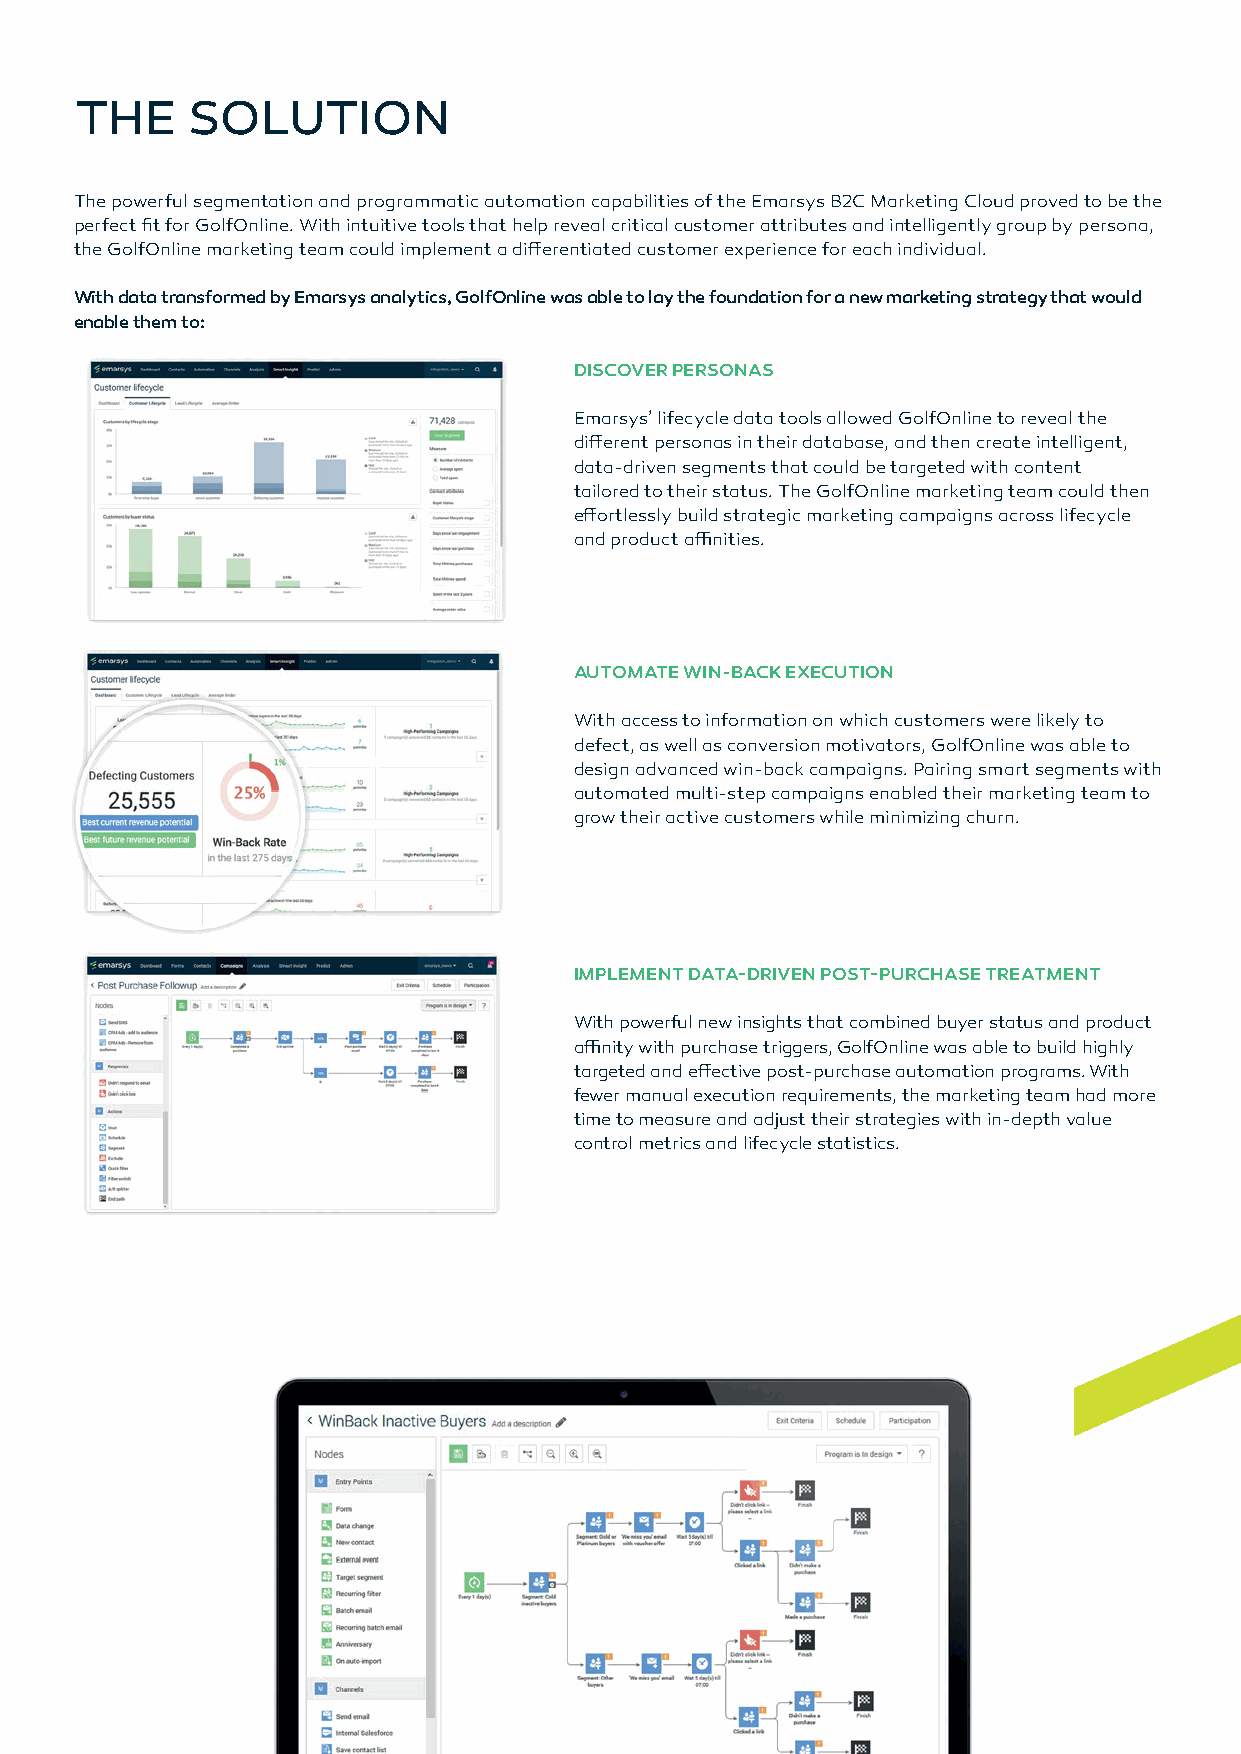
THE    SOLUTION
 The powerful segmentation and programmatic automation capabilities of the Emarsys B2C Marketing Cloud proved to be the
 perfect fi t for GolfOnline. With intuitive tools that help reveal critical customer attributes and intelligently group by persona,
 the GolfOnline marketing team could implement a diff erentiated customer experience for each individual.
 With data transformed by Emarsys analytics, GolfOnline was able to lay the foundation for a new marketing strategy that would
 enable them to:
 DISCOVER PERSONAS
 Emarsys’ lifecycle data tools allowed GolfOnline to reveal the
 diff erent personas in their database, and then create intelligent,
 data-driven segments that could be targeted with content
 tailored to their status. The GolfOnline marketing team could then
 eff ortlessly build strategic marketing campaigns across lifecycle
 and product affi nities.
 AUTOMATE WIN-BACK EXECUTION
 With access to information on which customers were likely to
 defect, as well as conversion motivators, GolfOnline was able to
 design advanced win-back campaigns. Pairing smart segments with
 automated multi-step campaigns enabled their marketing team to
 grow their active customers while minimizing churn.
 IMPLEMENT DATA-DRIVEN POST-PURCHASE TREATMENT
 With powerful new insights that combined buyer status and product
 affi nity with purchase triggers, GolfOnline was able to build highly
 targeted and eff ective post-purchase automation programs. With
 fewer manual execution requirements, the marketing team had more
 time to measure and adjust their strategies with in-depth value
 control metrics and lifecycle statistics.